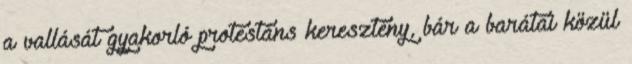
a vallását gyakorló protestáns keresztény, bár a barátai közül